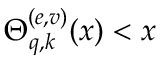
\Theta _ { q , k } ^ { ( e , v ) } ( x ) < x